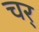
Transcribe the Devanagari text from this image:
चर्